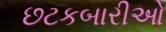
છટકબારીઓ